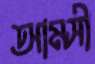
আমসী